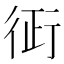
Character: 𧗪